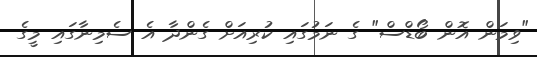
"ވިމަން އޮން ބޯޑްސް" ގެ ނަމުގައި ކުރިއަށް ގެންދާ އެ ސެމިނާގައި މީގެ